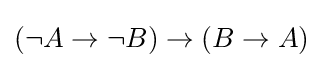
(\neg A\to \neg B)\to (B\to A)